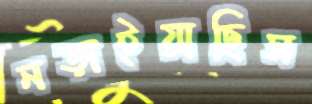
নড়াইয়াছিস